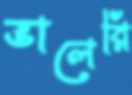
ভালেরি